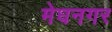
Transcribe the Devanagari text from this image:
मेघनगर